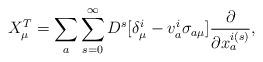
LaTeX: \begin{align*}X^{T}_{\mu}=\sum _{a}\sum _{s=0}^{\infty}D^{s}[\delta _{\mu}^{i}-v^{i}_{a}\sigma _{a\mu}]\frac {\partial }{\partial x_{a}^{i(s)}} ,\end{align*}